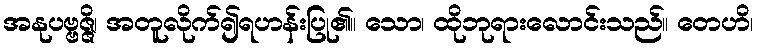
အနုပဗ္ဗဇ္ဇိ၊ အတူလိုက်၍ရဟန်းပြု၏။ သော၊ ထိုဘုရားလောင်းသည်။ တေဟိ၊